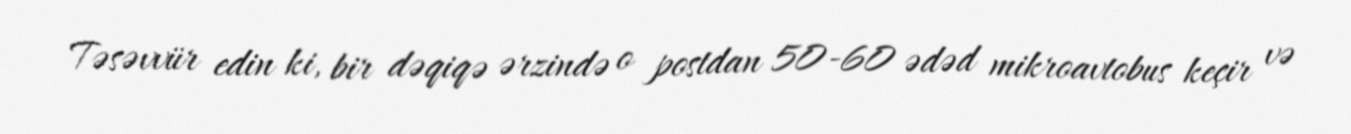
Təsəvvür edin ki, bir dəqiqə ərzində o postdan 50-60 ədəd mikroavtobus keçir və